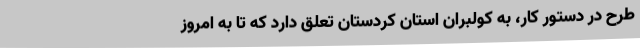
طرح در دستور کار، به کولبران استان کردستان تعلق دارد که تا به امروز